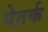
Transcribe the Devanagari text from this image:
पेतर्क